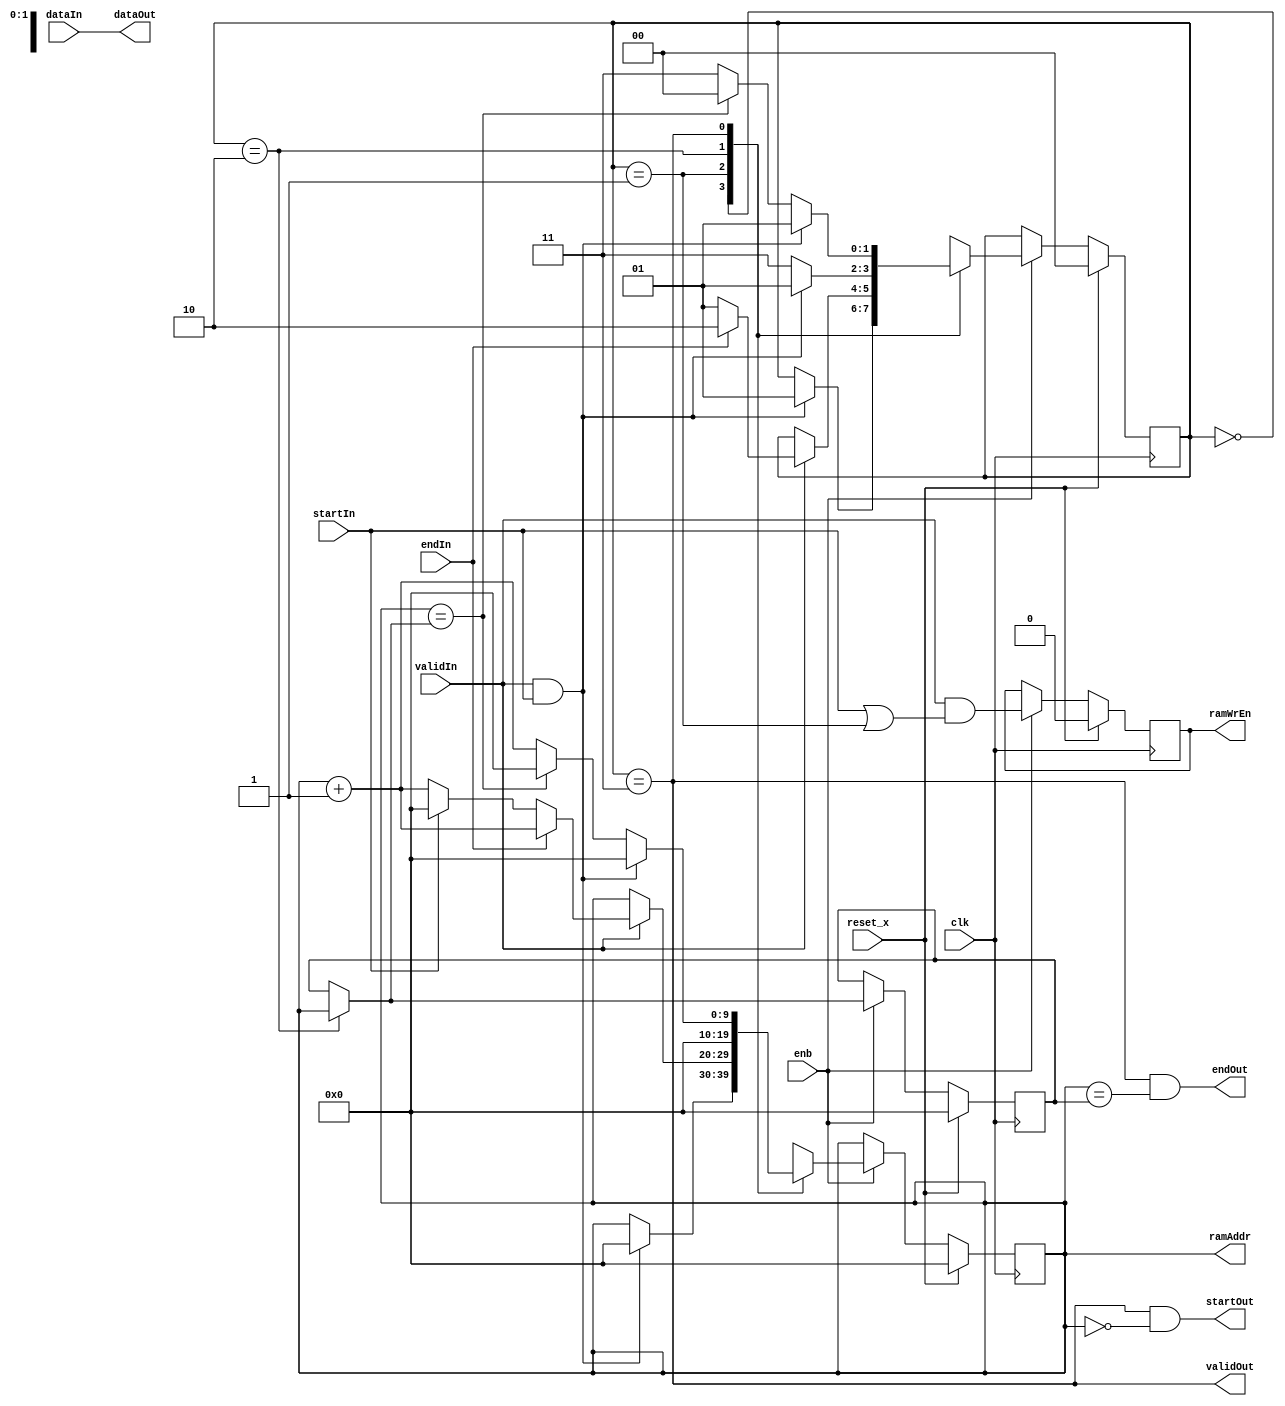
// -------------------------------------------------------------
// 
// 
// Generated by MATLAB 23.2, HDL Coder 23.2, and Simulink 23.2
// 
// -------------------------------------------------------------


// -------------------------------------------------------------
// 
// Module: Controller
// Source Path: commrshdl/conv subsystem/LTE Convolutional Encoder1/Controller
// Hierarchy Level: 1
// Model version: 9.83
// 
// -------------------------------------------------------------

`timescale 1 ns / 1 ns

module Controller
          (clk,
           reset_x,
           enb,
           dataIn,
           startIn,
           endIn,
           validIn,
           dataOut,
           ramAddr,
           ramWrEn,
           startOut,
           endOut,
           validOut);


  input   clk;
  input   reset_x;
  input   enb;
  input   signed [3:0] dataIn;  // sfix4_E14
  input   startIn;
  input   endIn;
  input   validIn;
  output  signed [3:0] dataOut;  // sfix4_E14
  output  [9:0] ramAddr;  // ufix10
  output  ramWrEn;
  output  startOut;
  output  endOut;
  output  validOut;


  reg signed [3:0] dataOut_1;  // sfix4_E14
  reg [9:0] ramAddr_1;  // ufix10
  reg  ramWrEn_1;
  reg  startOut_1;
  reg  endOut_1;
  reg  validOut_1;
  reg [1:0] encoderStateReg;  // ufix2
  reg [9:0] ramAddrReg;  // ufix10
  reg [9:0] ramAddrEndReg;  // ufix10
  reg  ramWrEnReg;
  reg [1:0] encoderStateReg_next;  // ufix2
  reg [9:0] ramAddrReg_next;  // ufix10
  reg [9:0] ramAddrEndReg_next;  // ufix10
  reg  ramWrEnReg_next;
  reg [9:0] ramAddrEndReg_temp;  // ufix10


  always @(posedge clk)
    begin : Controller_1_process
      if (reset_x == 1'b1) begin
        encoderStateReg <= 2'b00;
        ramAddrReg <= 10'b0000000000;
        ramAddrEndReg <= 10'b0000000000;
        ramWrEnReg <= 1'b0;
      end
      else begin
        if (enb) begin
          encoderStateReg <= encoderStateReg_next;
          ramAddrReg <= ramAddrReg_next;
          ramAddrEndReg <= ramAddrEndReg_next;
          ramWrEnReg <= ramWrEnReg_next;
        end
      end
    end

  always @(dataIn, encoderStateReg, endIn, ramAddrEndReg, ramAddrReg, ramWrEnReg, startIn,
       validIn) begin
    ramAddrEndReg_temp = ramAddrEndReg;
    encoderStateReg_next = encoderStateReg;
    ramAddrReg_next = ramAddrReg;
    // states
    // waiting for start
    // streaming input and writing into RAM
    // last input bit
    // stream data out of RAM through encoder
    // current state of decoder
    // buffer write address
    // value at which rd_addr counter should stop counting
    // buffer write enable
    // assign outputs
    startOut_1 = (encoderStateReg == 2'b11) && (ramAddrReg == 10'b0000000000);
    endOut_1 = (encoderStateReg == 2'b11) && (ramAddrReg == ramAddrEndReg);
    //     ready         = (encoderStateReg == ENC_IDLE);
    //----------------------------------------------------------------------------------------------
    // synchronous logic
    //----------------------------------------------------------------------------------------------
    ramWrEnReg_next = validIn && (startIn || (encoderStateReg == 2'b01));
    if (encoderStateReg == 2'b10) begin
      ramAddrEndReg_temp = ramAddrReg;
    end
    case ( encoderStateReg)
      2'b00 :
        begin
          if (validIn && startIn) begin
            encoderStateReg_next = 2'b01;
            ramAddrReg_next = 10'b0000000000;
          end
        end
      2'b01 :
        begin
          if (validIn) begin
            if (endIn) begin
              encoderStateReg_next = 2'b10;
              ramAddrReg_next = ramAddrReg + 10'b0000000001;
            end
            else if (startIn) begin
              encoderStateReg_next = 2'b01;
              ramAddrReg_next = 10'b0000000000;
            end
            else begin
              encoderStateReg_next = 2'b01;
              ramAddrReg_next = ramAddrReg + 10'b0000000001;
            end
          end
        end
      2'b10 :
        begin
          //             encoderStateReg(:) = ENC_STREAM_OUT;
          ramAddrReg_next = 10'b0000000000;
          if (validIn && startIn) begin
            encoderStateReg_next = 2'b01;
          end
          else begin
            encoderStateReg_next = 2'b11;
          end
        end
      2'b11 :
        begin
          if (validIn && startIn) begin
            ramAddrReg_next = 10'b0000000000;
            encoderStateReg_next = 2'b01;
          end
          else if (ramAddrReg == ramAddrEndReg_temp) begin
            encoderStateReg_next = 2'b00;
            ramAddrReg_next = 10'b0000000000;
          end
          else begin
            encoderStateReg_next = 2'b11;
            ramAddrReg_next = ramAddrReg + 10'b0000000001;
          end
        end
    endcase
    dataOut_1 = dataIn;
    ramAddr_1 = ramAddrReg;
    ramWrEn_1 = ramWrEnReg;
    validOut_1 = encoderStateReg == 2'b11;
    ramAddrEndReg_next = ramAddrEndReg_temp;
  end



  assign dataOut = dataOut_1;

  assign ramAddr = ramAddr_1;

  assign ramWrEn = ramWrEn_1;

  assign startOut = startOut_1;

  assign endOut = endOut_1;

  assign validOut = validOut_1;

endmodule  // Controller